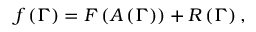
f \left( \Gamma \right) = F \left( A \left( \Gamma \right) \right) + R \left( \Gamma \right) ,